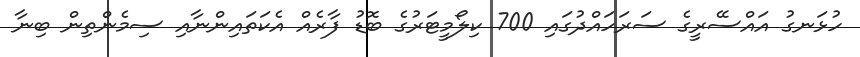
ހުޅަނގު އައްސޭރީގެ ސަރަހައްދުގައި 700 ކިލޯމީޓަރުގެ ބޮޑު ފާރެއް އެކަތައިންނާއި ސިމެންތިން ބިނާ